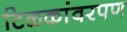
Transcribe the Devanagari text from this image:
टिळकांवरपण